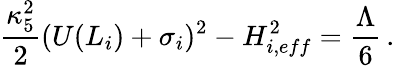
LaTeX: \frac{\kappa_{5}^{2}}{2}(U(L_{i})+\sigma_{i})^{2}-H_{i,eff}^{2}=\frac{\Lambda}{6}\, .